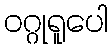
ဝဂ္ဂုရူပေါ